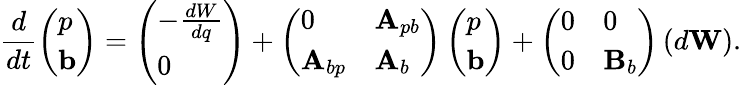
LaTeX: \frac{d}{dt}\left(\begin{array}{l}{p}\\ {\mathbf{b}}\end{array}\right)=\left(\begin{array}{l}{-\frac{dW}{dq}}\\ {0}\end{array}\right)+\left(\begin{array}{ll}{0}&{\mathbf{A}_{pb}}\\ {\mathbf{A}_{bp}}&{\mathbf{A}_{b}}\end{array}\right)\left(\begin{array}{l}{p}\\ {\mathbf{b}}\end{array}\right)+\left(\begin{array}{ll}{0}&{0}\\ {0}&{\mathbf{B}_{b}}\end{array}\right)\left(\begin{array}{l}{d\mathbf{W}}\end{array}\right).